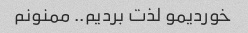
خوردیمو لذت بردیم.. ممنونم